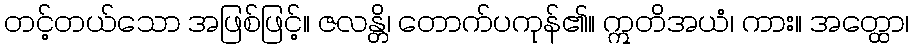
တင့်တယ်သော အဖြစ်ဖြင့်။ ဇလန္တိ၊ တောက်ပကုန်၏။ ဣတိအယံ၊ ကား။ အတ္ထော၊